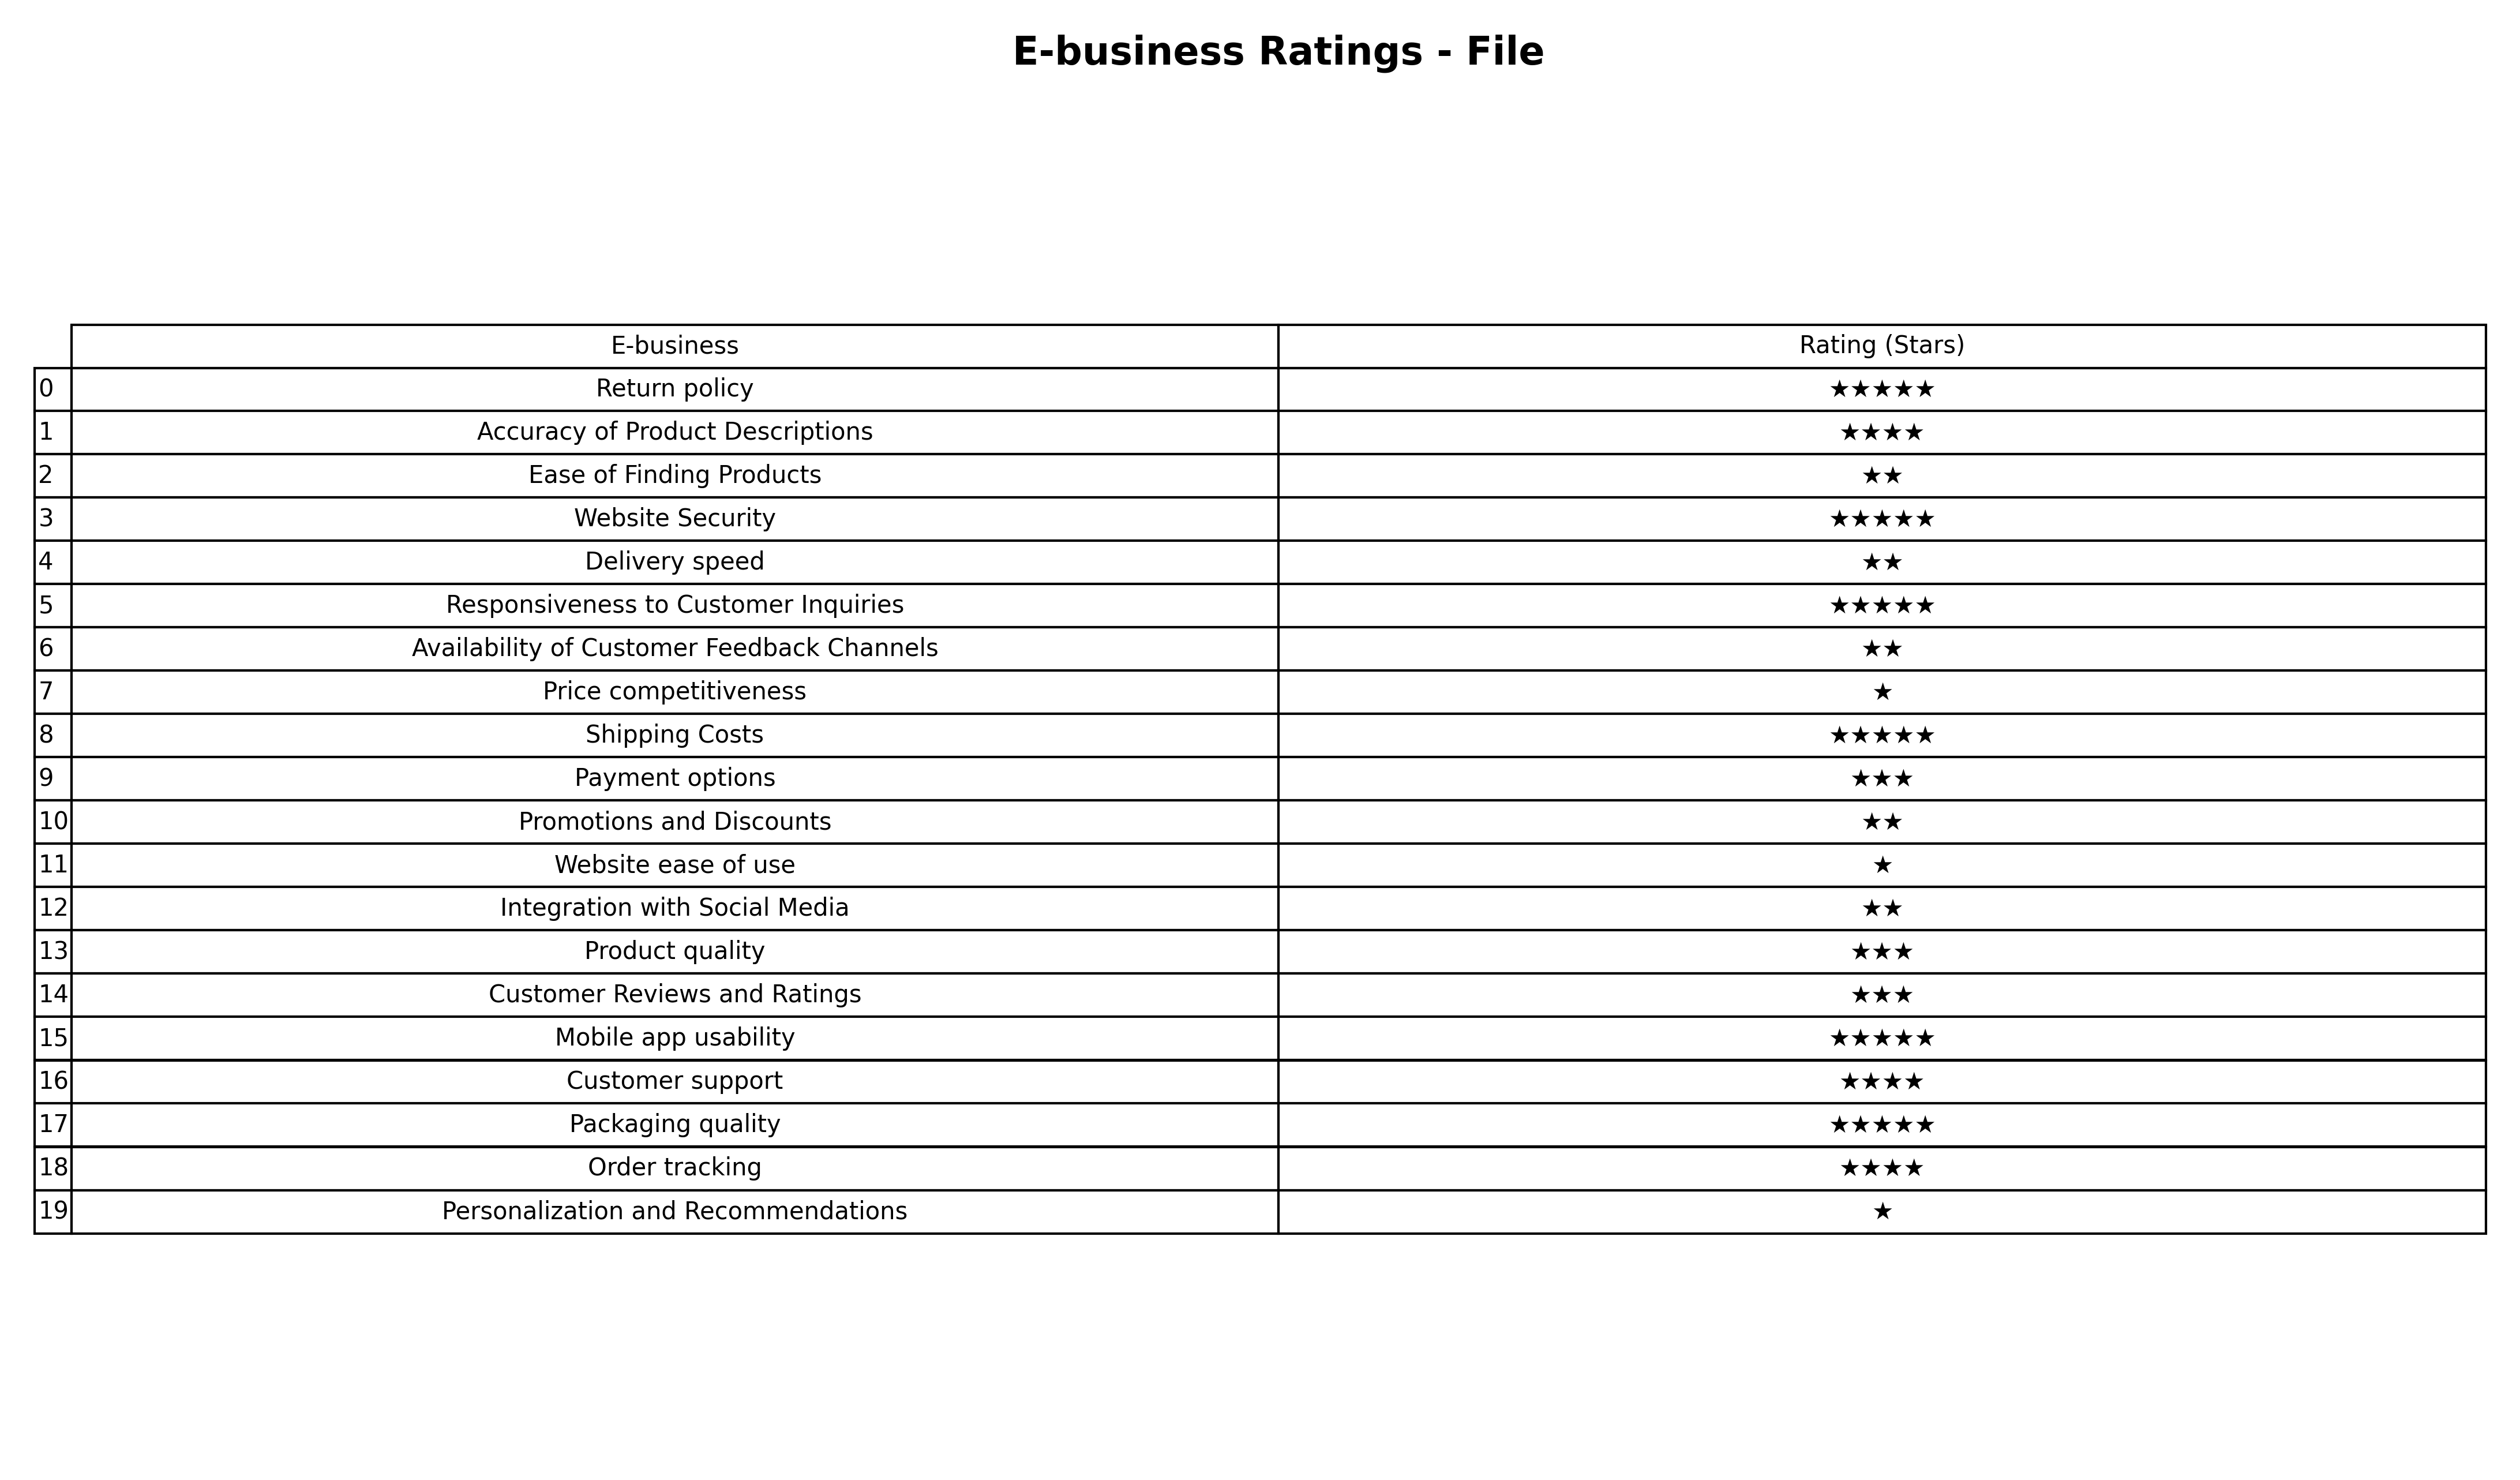
question: What are one star services?
answer: Price competitivenessWebsite ease of usePersonalization and Recommendations